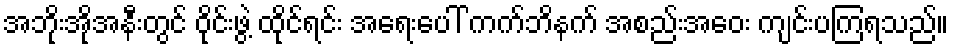
အဘိုးအိုအနီးတွင် ဝိုင်းဖွဲ့ ထိုင်ရင်း အရေးပေါ် ကက်ဘိနက် အစည်းအဝေး ကျင်းပကြရသည်။